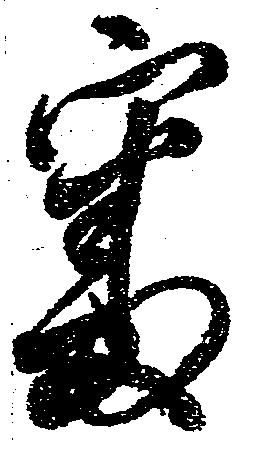
審